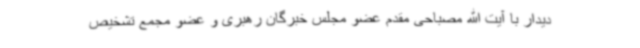
دیدار با آیت الله مصباحی مقدم عضو مجلس خبرگان رهبری و عضو مجمع تشخیص